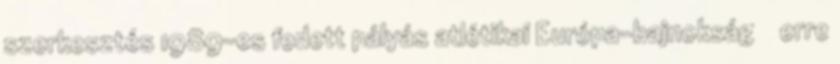
szerkesztés 1989-es fedett pályás atlétikai Európa-bajnokság ‎ ← erre